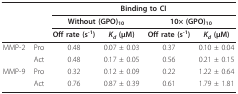
<table><thead><tr><td></td><td></td><td colspan="4"><b>Binding to CI</b></td></tr><tr><td></td><td></td><td colspan="2"><b>Without (GPO)<sub>10</sub></b></td><td colspan="2"><b>10× (GPO)<sub>10</sub></b></td></tr><tr><td></td><td></td><td><b>Off rate (s<sup>-1</sup>)</b></td><td><b><i>K<sub>d </sub></i>(μM)</b></td><td><b>Off rate (s<sup>-1</sup>)</b></td><td><b><i>K<sub>d </sub></i>(μM)</b></td></tr></thead><tbody><tr><td>MMP-2</td><td>Pro</td><td>0.48</td><td>0.07 ± 0.03</td><td>0.37</td><td>0.10 ± 0.04</td></tr><tr><td></td><td>Act</td><td>0.48</td><td>0.17 ± 0.05</td><td>0.56</td><td>0.21 ± 0.15</td></tr><tr><td>MMP-9</td><td>Pro</td><td>0.32</td><td>0.12 ± 0.09</td><td>0.22</td><td>1.22 ± 0.64</td></tr><tr><td></td><td>Act</td><td>0.76</td><td>0.87 ± 0.39</td><td>0.61</td><td>1.79 ± 1.81</td></tr></tbody></table>